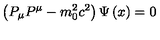
\left( P _ { \mu } P ^ { \mu } - m _ { 0 } ^ { 2 } c ^ { 2 } \right) \Psi \left( x \right) = 0